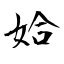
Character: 姶